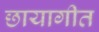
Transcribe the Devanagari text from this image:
छायागीत